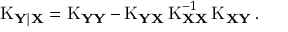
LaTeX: \operatorname { K } _ { \mathbf { Y | X } } = \operatorname { K } _ { \mathbf { Y Y } } - \operatorname { K } _ { \mathbf { Y X } } \operatorname { K } _ { \mathbf { X X } } ^ { - 1 } \operatorname { K } _ { \mathbf { X Y } } .